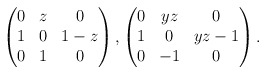
\begin{align*} \begin{pmatrix} 0 & z & 0 \\ 1 & 0 & 1 - z \\ 0 & 1 & 0 \end{pmatrix}, \begin{pmatrix} 0 & y z & 0 \\ 1 & 0 & y z -1 \\ 0 & -1 & 0 \end{pmatrix}.\end{align*}